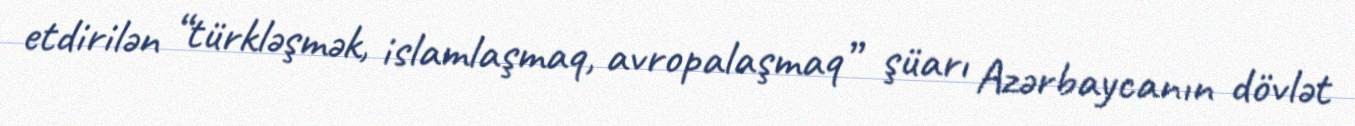
etdirilən “türkləşmək, islamlaşmaq, avropalaşmaq” şüarı Azərbaycanın dövlət